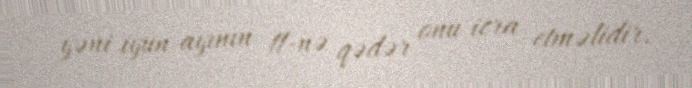
yəni iyun ayının 11-nə qədər onu icra etməlidir.